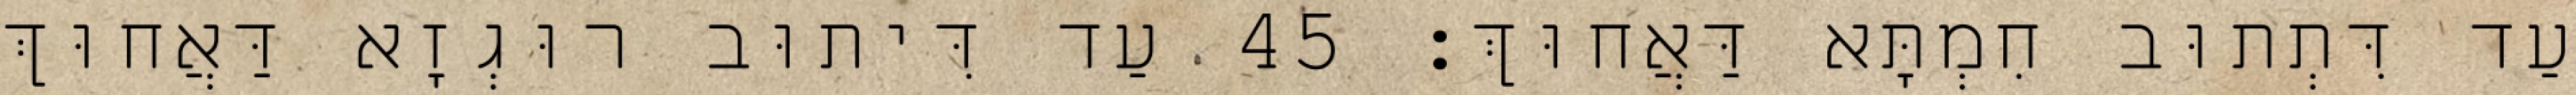
עַד דִּתְתוּב חִמְתָּא דַּאֲחוּךְ׃ 45 עַד דִּיתוּב רוּגְזָא דַּאֲחוּךְ